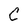
Character: C